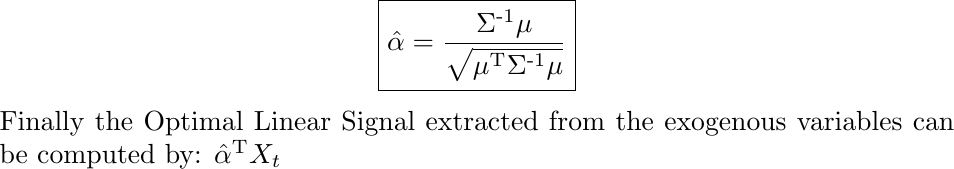
\begin{equation*}\boxed{
\Hat{\alpha} = \frac{\Sigma\textsuperscript{-1}\mu}{\sqrt{\mu^\text{T} \Sigma\textsuperscript{-1} \mu}}
}\label{Optimal beta formula}\end{equation*}\nopagebreak\noindent Finally the Optimal Linear Signal extracted from the exogenous variables can be computed by: $\Hat{\alpha}^\text{T}X_t $